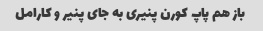
باز هم پاپ کورن پنیری به جای پنیر و کارامل